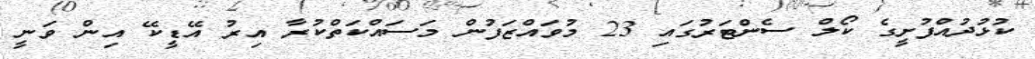
ކުޅުދުއްފުށީގެ ކޯލް ސެންޓަރުގައި 23 މުވައްޒަފުން މަސައްކަތްކުރާ އިރު އޭޑީކޭ އިން ވަނީ